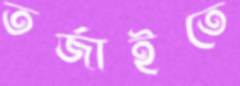
তর্জাইতে